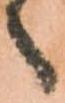
へ